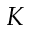
K